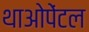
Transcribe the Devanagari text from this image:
थाओपेंटल